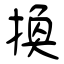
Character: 換